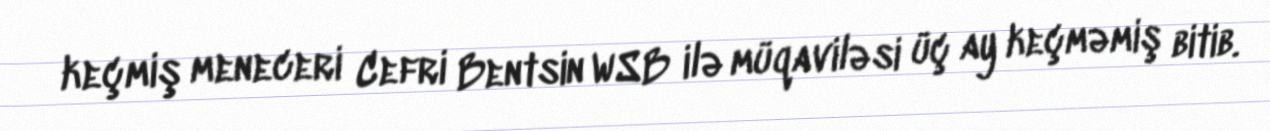
keçmiş meneceri Cefri Bentsin WSB ilə müqaviləsi üç ay keçməmiş bitib.